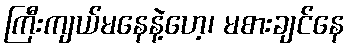
ကြီးကျယ်မနေနဲ့ဟေ့၊ မစားချင်နေ